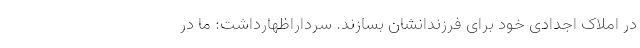
در املاک اجدادی خود برای فرزندانشان بسازند. سرداراظهارداشت: ما در